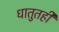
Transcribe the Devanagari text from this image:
धातुतही